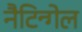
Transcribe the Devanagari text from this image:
नैटिन्गेल